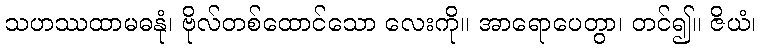
သဟဿထာမဓနုံ၊ ဗိုလ်တစ်ထောင်သော လေးကို။ အာရောပေတွာ၊ တင်၍။ ဇိယံ၊